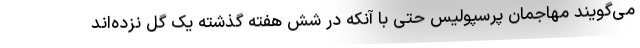
می‌گویند مهاجمان پرسپولیس حتی با آنکه در شش هفته گذشته یک گل نزده‌اند